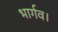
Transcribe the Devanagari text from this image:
भार्गव।